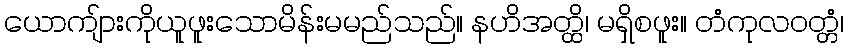
ယောကျ်ားကိုယူဖူးသောမိန်းမမည်သည်။ နဟိအတ္ထိ၊ မရှိစဖူး။ တံကုလဝတ္တံ၊